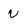
Character: v